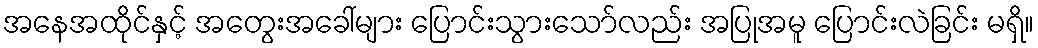
အနေအထိုင်နှင့် အတွေးအခေါ်များ ပြောင်းသွားသော်လည်း အပြုအမူ ပြောင်းလဲခြင်း မရှိ။